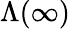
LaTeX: \Lambda(\infty)